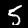
Digit: 5